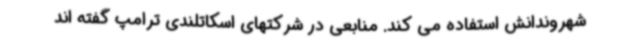
شهروندانش استفاده می کند. منابعی در شرکتهای اسکاتلندی ترامپ گفته اند